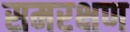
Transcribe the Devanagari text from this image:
समरक्षण